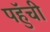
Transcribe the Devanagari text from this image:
पहुॅची